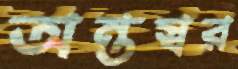
অন্তস্বর